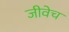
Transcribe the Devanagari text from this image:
जीवेच